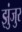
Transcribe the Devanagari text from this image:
झुंजुर